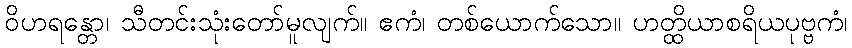
ဝိဟရန္တော၊ သီတင်းသုံးတော်မူလျက်။ ဧကံ၊ တစ်ယောက်သော။ ဟတ္ထိယာစရိယပုဗ္ဗကံ၊